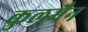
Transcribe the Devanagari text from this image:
कुलमैन